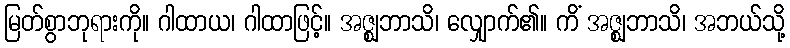
မြတ်စွာဘုရားကို။ ဂါထာယ၊ ဂါထာဖြင့်။ အဇ္ဈဘာသိ၊ လျှောက်၏။ ကိံ အဇ္ဈဘာသိ၊ အဘယ်သို့